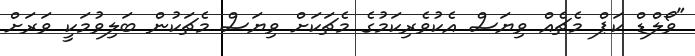
"ވޯލްޑް ކަޕް މެޗެއް ވިޔަސް އެކުވެރިކަމުގެ މެޗަކަށް ވިޔަސް މެޗަކުން ބަލިވުމަކީ ވަރަށް